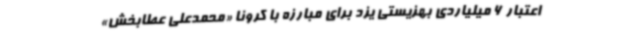
اعتبار 6 میلیاردی بهزیستی یزد برای مبارزه با کرونا «محمدعلی عطابخش»